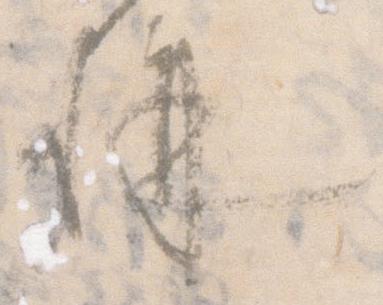
構